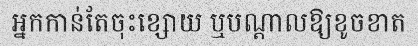
អ្នកកាន់តែចុះខ្សោយ ឬបណ្តាលឱ្យខូចខាត